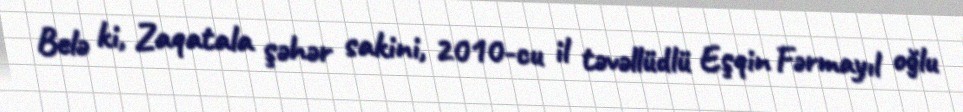
Belə ki, Zaqatala şəhər sakini, 2010-cu il təvəllüdlü Eşqin Fərmayıl oğlu